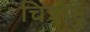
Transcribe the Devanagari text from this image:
चित्रोष्ट्र